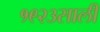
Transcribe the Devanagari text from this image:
१९२३साली